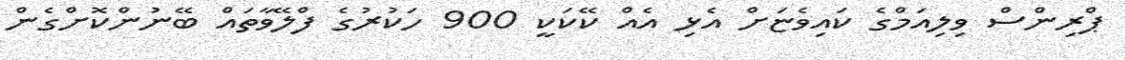
ޕްރިންސް ވިލިއަމްގެ ކައިވެޏަށް އެޅި އެއް ކޭކަކީ 900 ހަކުރުގެ ފްލޭވާތައް ބޭނުންކޮށްގެން